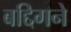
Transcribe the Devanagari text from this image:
बद्दिगने